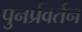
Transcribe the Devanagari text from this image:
पुनर्प्रवर्तन